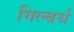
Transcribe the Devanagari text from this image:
गिल्बर्थ